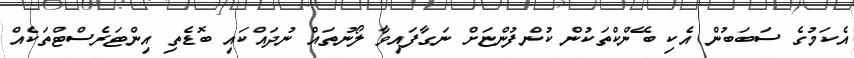
އެކަމުގެ ސަބަބުން އެކި ބޭންކްތަކުން ކުންފުންޏަށް ނަގާފައިވާ ލޯނުތައް ނުދައްކައި ބޮޑެތި އިންޓަރެސްޓްތަކެއް